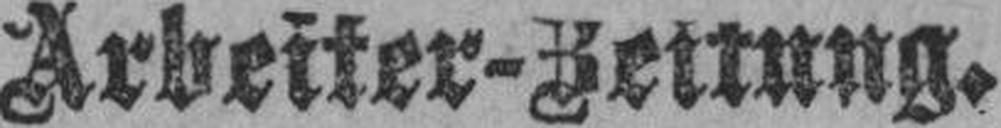
Arbeiter-Zeitung.